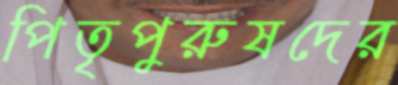
পিতৃপুরুষদের